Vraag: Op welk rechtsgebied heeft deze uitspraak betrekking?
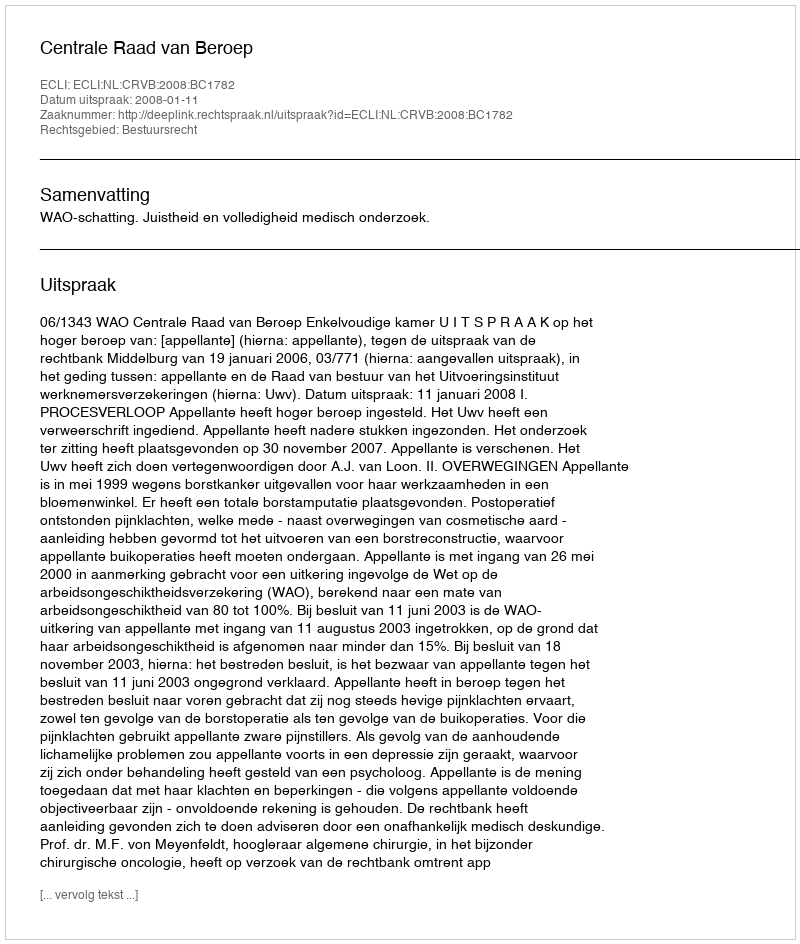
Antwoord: Bestuursrecht